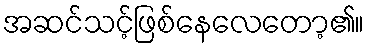
အဆင်သင့်ဖြစ်နေလေတော့၏။